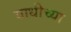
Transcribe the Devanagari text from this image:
याधीच्या